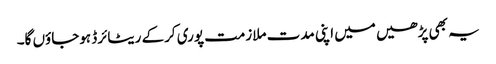
یہ بھی پڑھیں میں اپنی مدت ملازمت پوری کرکے ریٹائرڈ ہوجاؤں گا۔